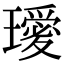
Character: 𭺆